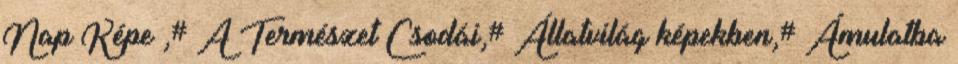
Nap Képe ,# A Természet Csodái,# Állatvilág képekben,# Ámulatba